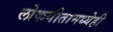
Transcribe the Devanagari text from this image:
लोकगीतामध्येही